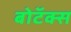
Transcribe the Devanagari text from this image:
बोटॅक्स